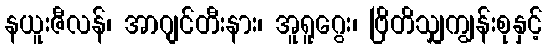
နယူးဇီလန်၊ အာဂျင်တီးနား၊ အူရူဂွေး၊ ဗြိတိသျှကျွန်းစုနှင့်